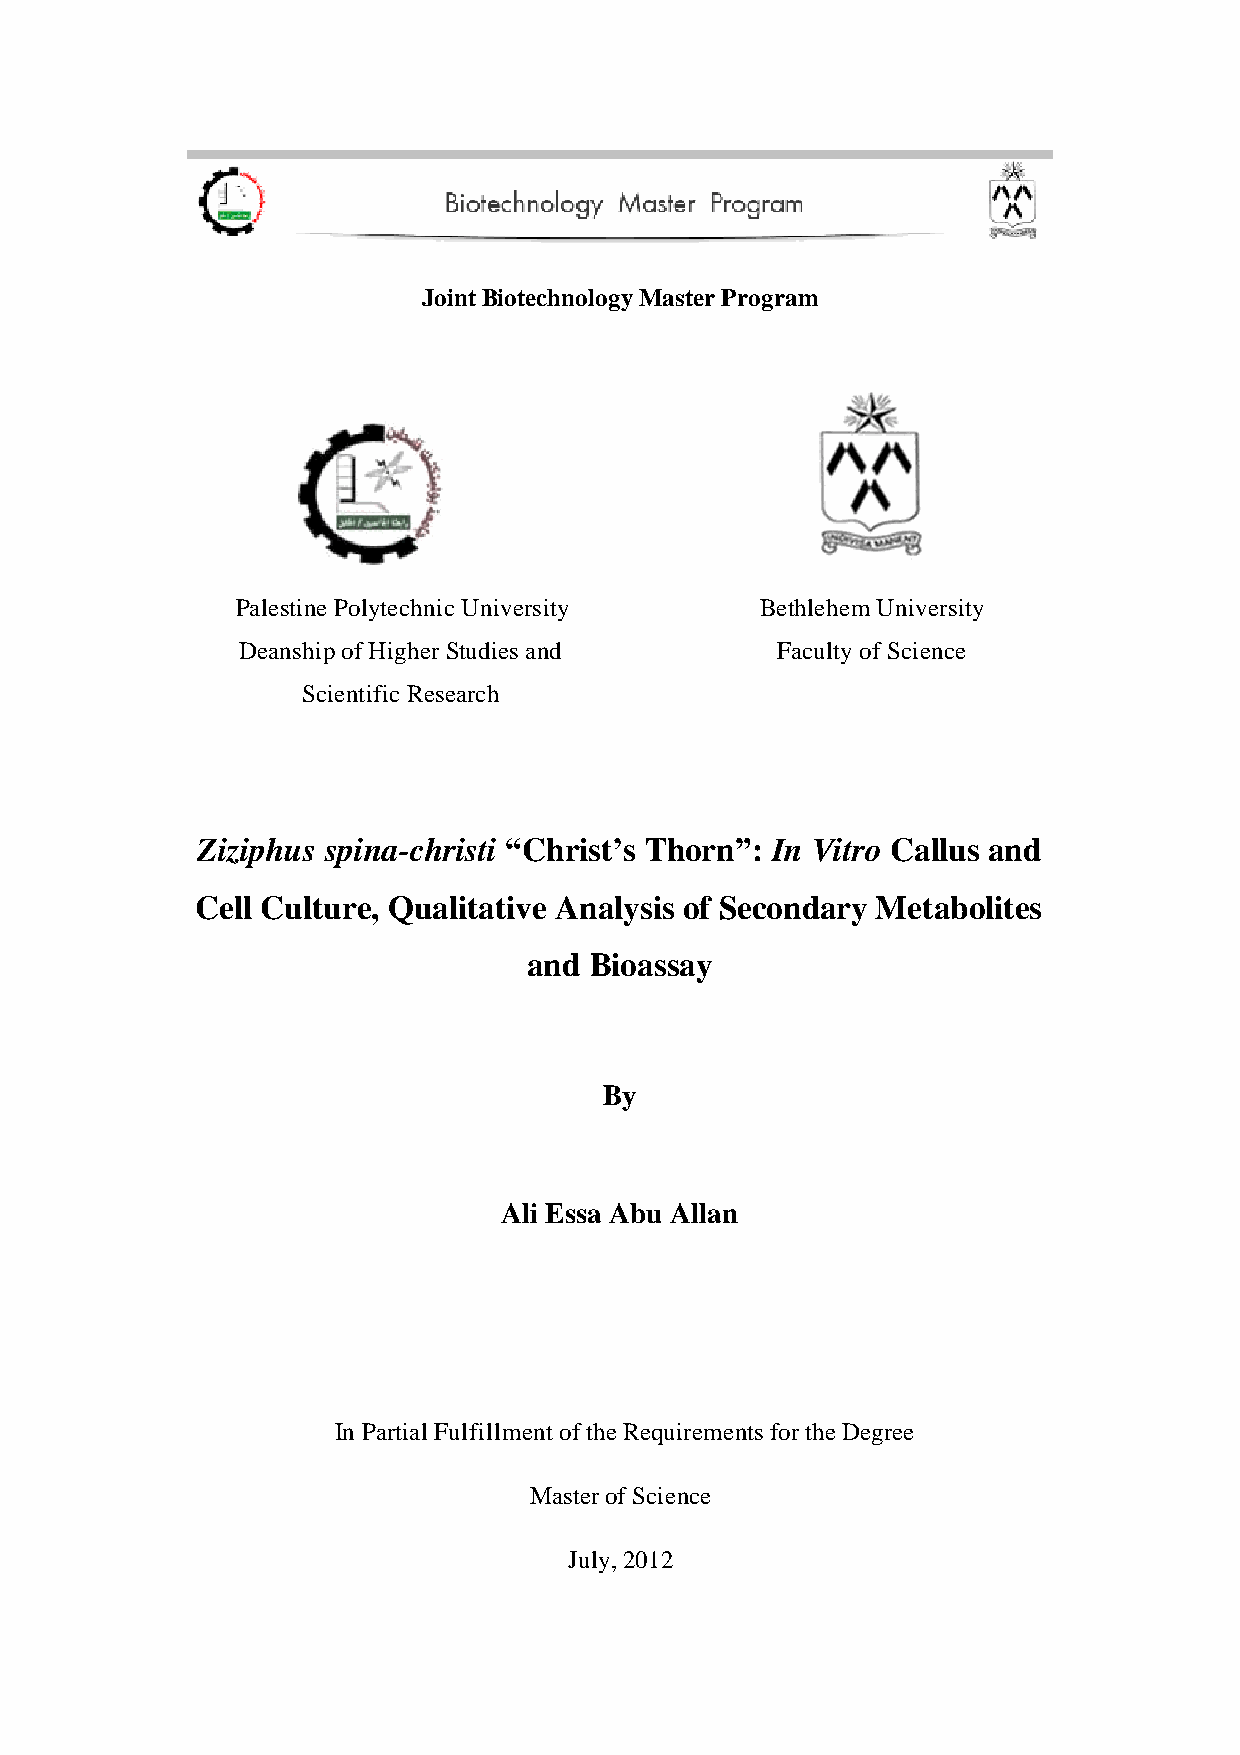
Joint Biotechnology Master Program
 Palestine Polytechnic University  Bethlehem University
 Deanship of Higher Studies and     Faculty of Science
 Scientific Research
 Ziziphus spina-christi “Christ’s Thorn”: In Vitro Callus and
 Cell Culture, Qualitative Analysis of Secondary Metabolites
 and Bioassay
 By
 Ali Essa Abu Allan
 In Partial Fulfillment of the Requirements for the Degree
 Master of Science
 July, 2012